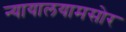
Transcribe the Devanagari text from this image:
न्यायालयामसोर